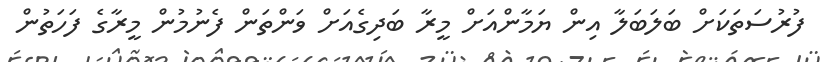
ފުރުސަތަކަށް ބަލަބަލާ އިން ޔަމާންއަށް މީރާ ބަދިގެއަށް ވަންތަން ފެނުމުން މީރާގެ ފަހަތުން